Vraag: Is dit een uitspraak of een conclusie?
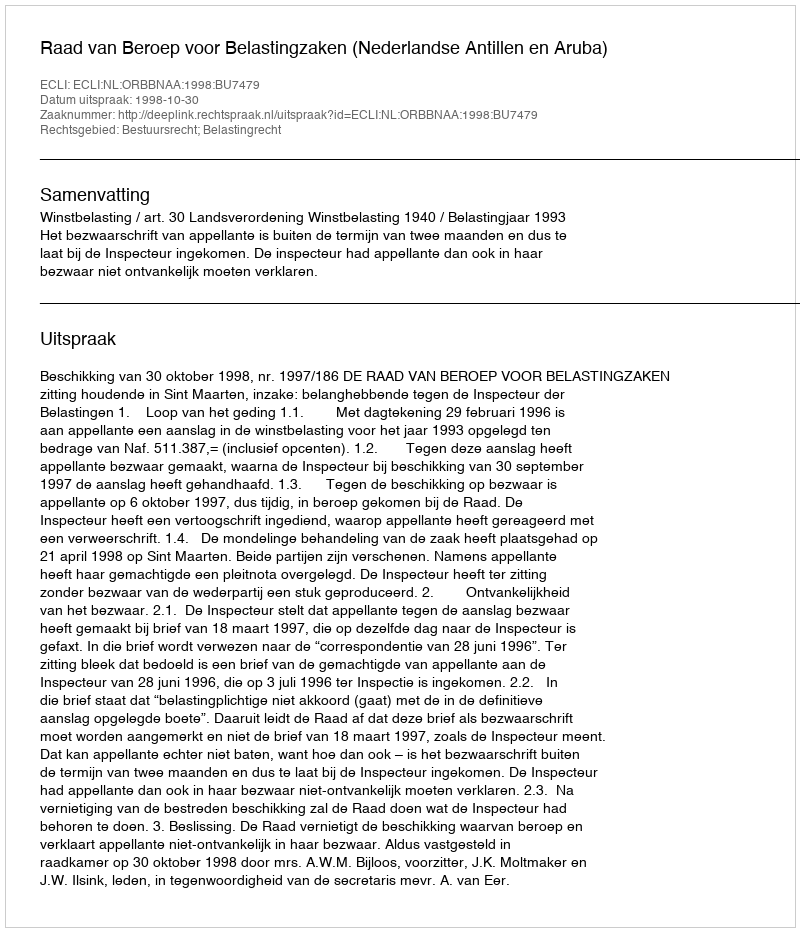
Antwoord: Uitspraak